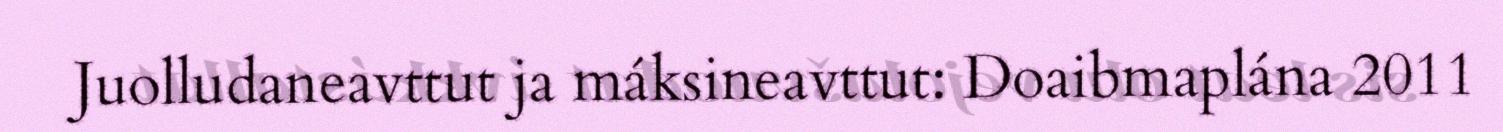
Juolludaneavttut ja máksineavttut: Doaibmaplána 2011